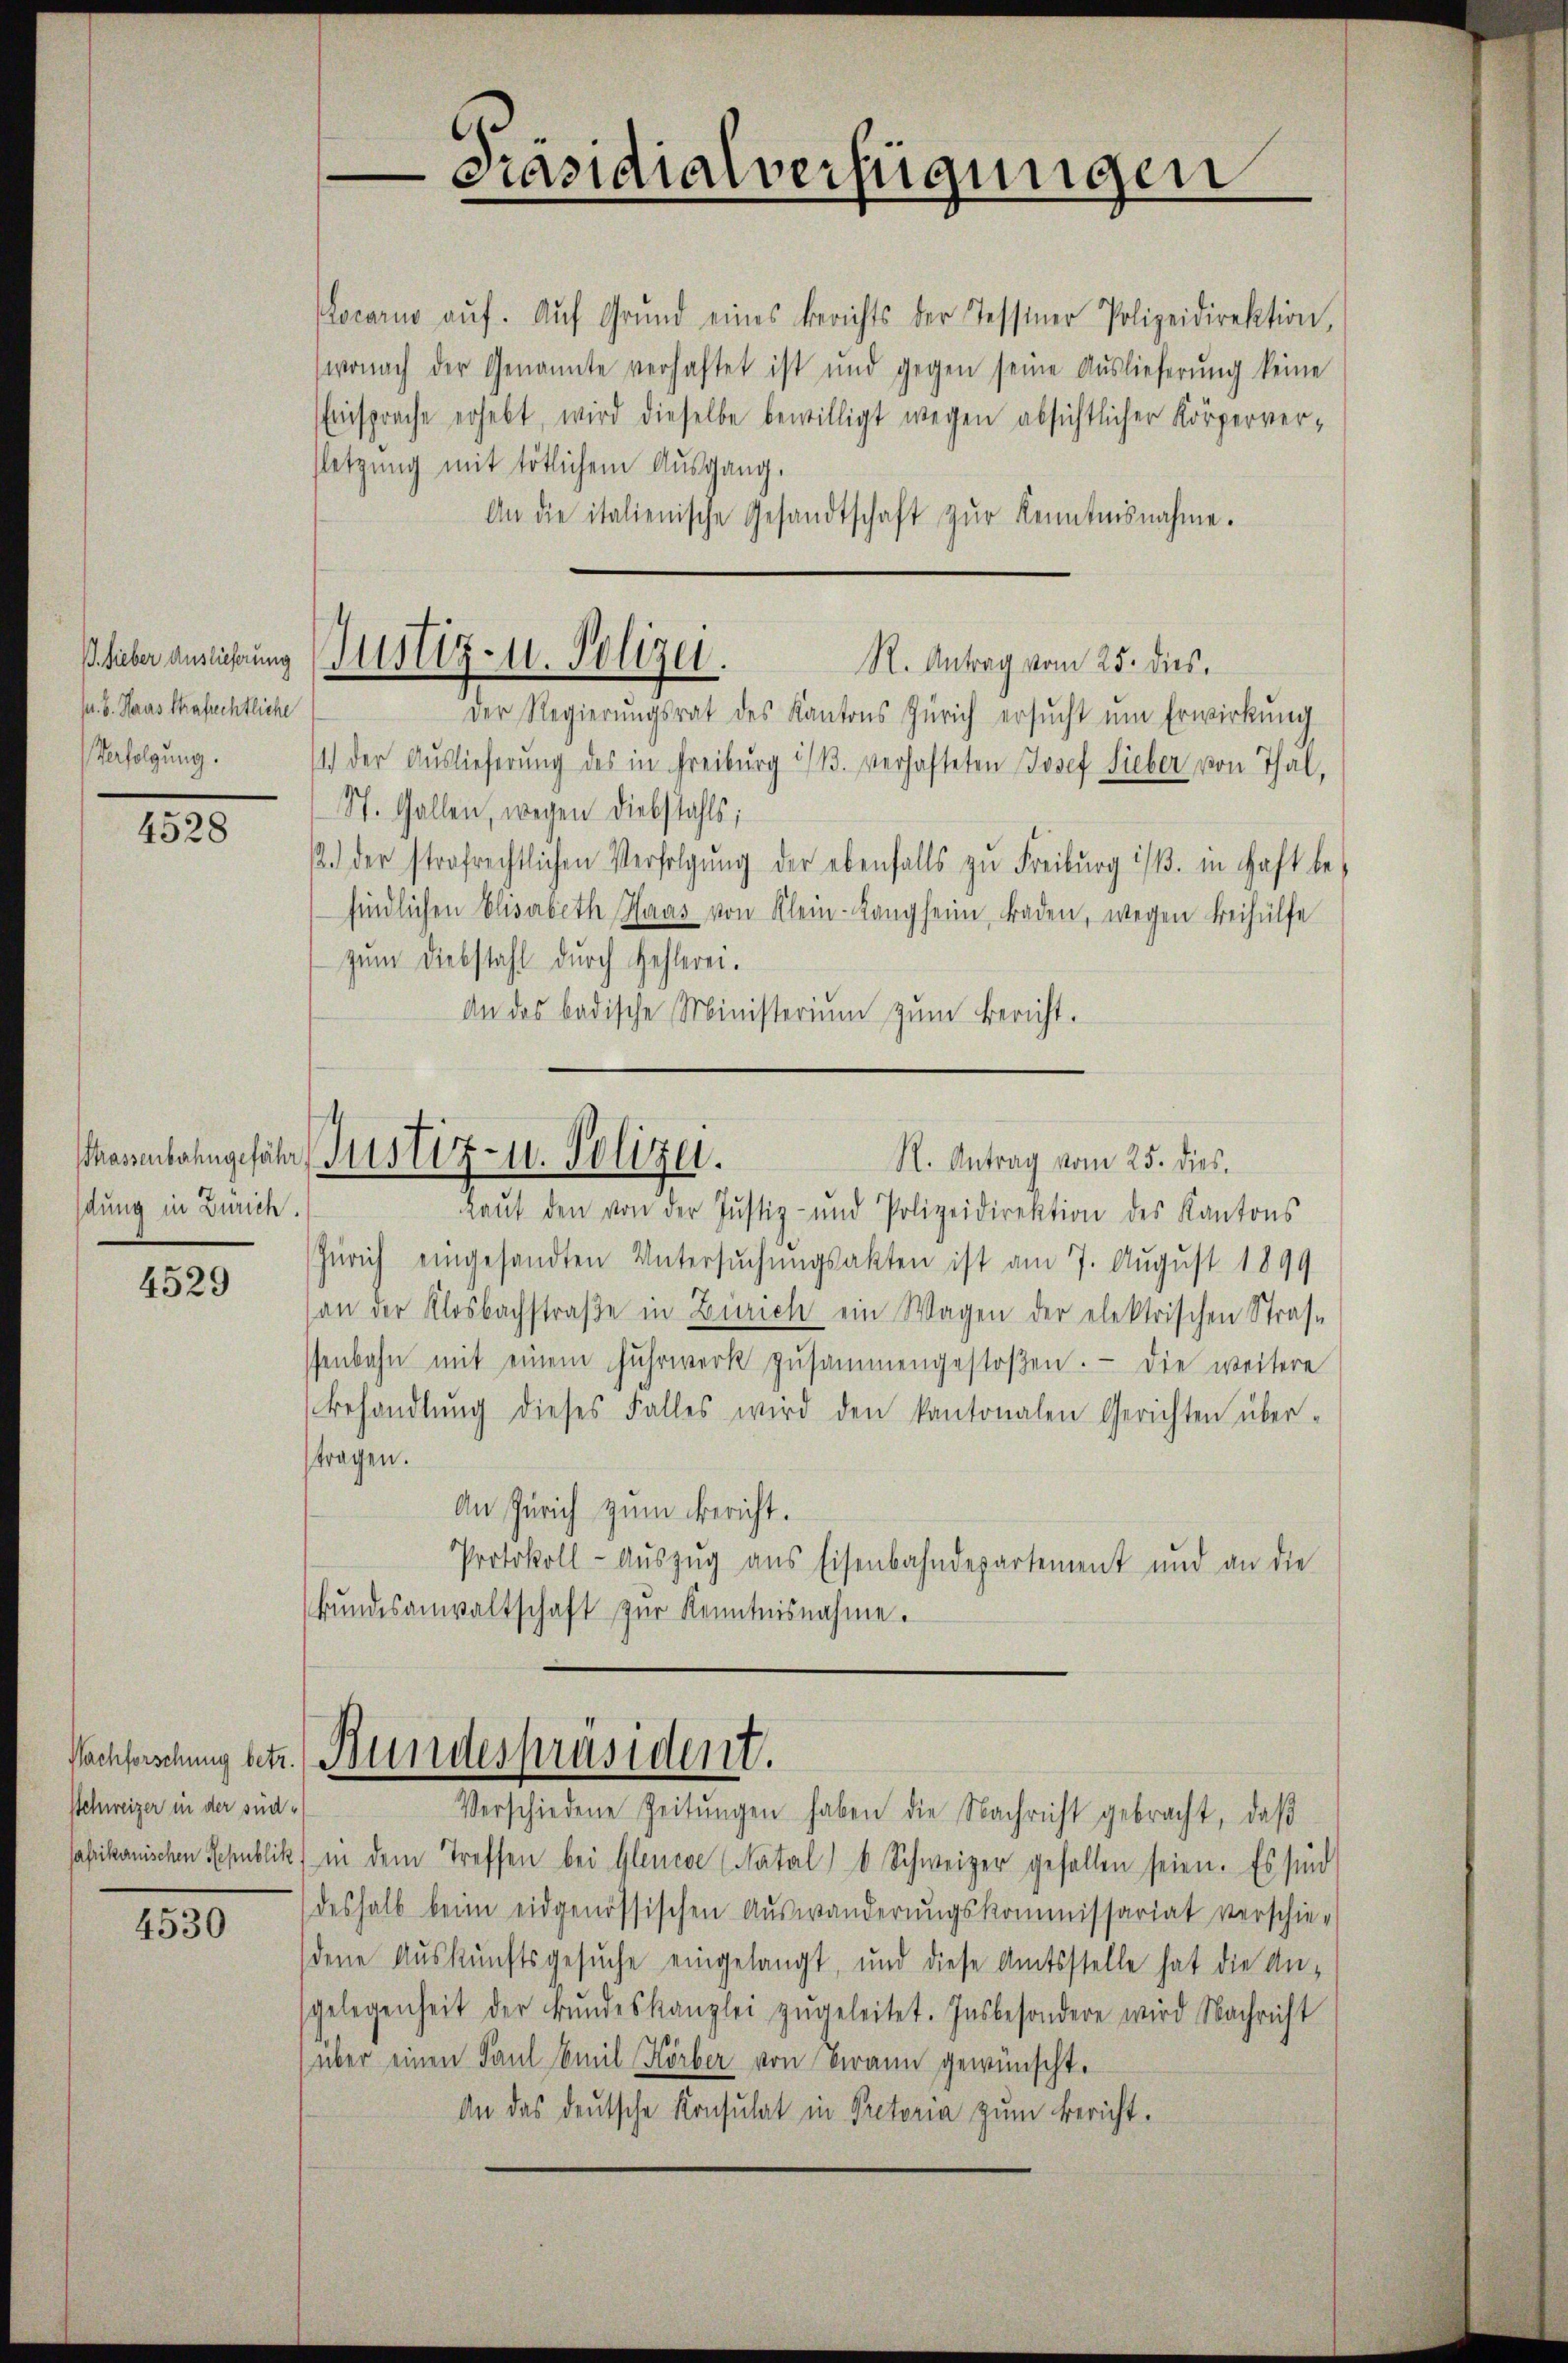
P. Lieber Auslieferung
s. B. Haas Strafrechtliche
Verfolgung.

4528

dung in Zürich.

4529

Nachforschung betr.
Schweizer in der süd-

4530

Präsidialverfügungen

Locarno aŭf. Aŭf Grŭnd eines Berichts der Tessiner Polizeidirektion,
wonach der Genannte verhaftet ist und gegen seine Auslieferŭng keine
Einsprache erhebt, wird dieselbe bewilligt wegen absichtlicher Körperver-
sletzung mit tötlichem Ausgang.
An die italienische Gesandtschaft zŭr Kenntnisnahme.
R. Antrag vom 25. dies
Der Regierŭngsrat des Kantons Zürich ersŭcht ŭm Erwirkung
1.) Der Auslieferung des in Freiburg i/B. verhafteten Josef Lieber von Thal,
St. Gallen, wegen Diebstahls;
12.) der strafrechtlichen Verfolgŭng der ebenfalls zu Freiburg ist. in Haft be-
findlichen Elisabeth Haas von Klein-Langheim, Faden, wegen Beihülfe
zum Diebstahl durch Hehlerei.
An das badische Ministerium zum Bericht.

Justiz- u. Polizei.

Marnbahngefähr Justiz- u. Polizei.
R. Antrag vom 25. dies

kaŭf den von der Justiz- und Polizeidirektion des Kantons
Zürich eingesandten Untersuchungsakten ist am 7. August 1899
an der Klosbachstraβe in Zürich ein Wagen der elektrischen Strafe
senbahn mit einem Fuhrwerk zusammengestoßen. Die weitere
Behandlŭng dieses Falles wird den kantonalen Gerichten über-
ftragen.
An Zürich zum Bericht.
Protokoll-Auszug aus Eisenbahndepartement und an die
bŭndesanwaltschaft zŭr Kenntnisnahme.

Bundespräsident.
Verschiedene Zeitŭngen haben die Nachricht gebracht, daβ

fafrikanischen Schublik in dem Treffen bei Glence (Natal) 8 Schweizer gefallen seien. Es sind
deshalb beim eidgenössischen Aŭswanderŭngskommissariat verschie-
dene Auskunftsgesuche eingelangt, und diese Amtsstelle hat die An-
gelegenheit der Bŭndeskanzlei zŭgeleitet. Insbesondere wird Nachricht
über einen Faul Emil Körber von Brann gewünscht.
An das deutsche Konsulat in Pectoria zum Bericht.